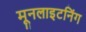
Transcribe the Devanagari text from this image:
मूनलाइटनिंग